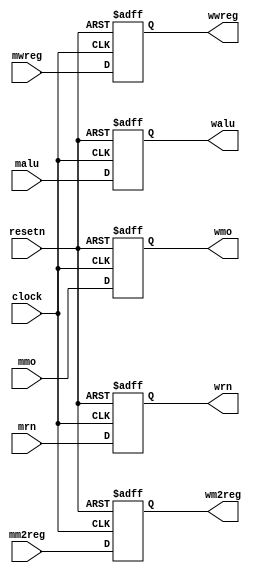
module pipemwreg (clock,resetn,mwreg,mm2reg,malu,mmo,mrn,                    
									     wwreg,wm2reg,walu,wmo,wrn);    
			
	input         clock,resetn;
	
	input         mwreg,mm2reg;
   input  [31:0] malu,mmo;
	input  [4:0]  mrn;
	
	output        wwreg,wm2reg;
   output [31:0] walu,wmo;
	output [4:0]  wrn;
	
	wire          clock,resetn;
	
   wire          mwreg,mm2reg;
   wire   [31:0] malu,mmo;
	wire   [4:0]  mrn;
   
   reg           wwreg,wm2reg;
   reg    [31:0] walu,wmo;
	reg    [4:0]  wrn;
	 
   always @ (negedge resetn or posedge clock)
      if (resetn == 0) 
         begin
            wwreg <= 0;
				wm2reg <= 0;
				wrn <= 5'b0;
				walu <= 32'b0;
				wmo <= 32'b0;
         end 
      else
         begin 
            wwreg <= mwreg;
				wm2reg <= mm2reg;
				wrn[4:0] <= mrn[4:0];
				walu[31:0] <= malu[31:0];
				wmo[31:0] <= mmo[31:0];
         end
			
endmodule